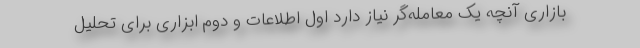
بازاری آنچه یک معامله‌گر نیاز دارد اول اطلاعات و دوم ابزاری برای تحلیل